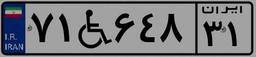
۷۱W۶۴۸۳۱